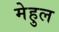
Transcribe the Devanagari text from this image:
मेहुल